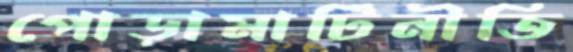
পোড়ামাটিনীতি